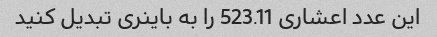
این عدد اعشاری 523.11 را به باینری تبدیل کنید